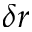
\delta r